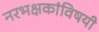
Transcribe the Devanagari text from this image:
नरभक्षकांविषयी